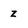
Character: z